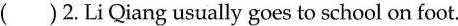
( )2.Li Qiang usually goes to school on foot.